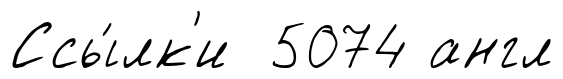
Ссы́лк'и 5074 англ